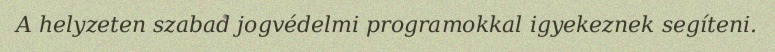
A helyzeten szabad jogvédelmi programokkal igyekeznek segíteni.